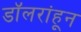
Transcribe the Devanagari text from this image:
डॉलरांहून